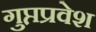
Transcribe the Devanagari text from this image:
गुप्तप्रवेश